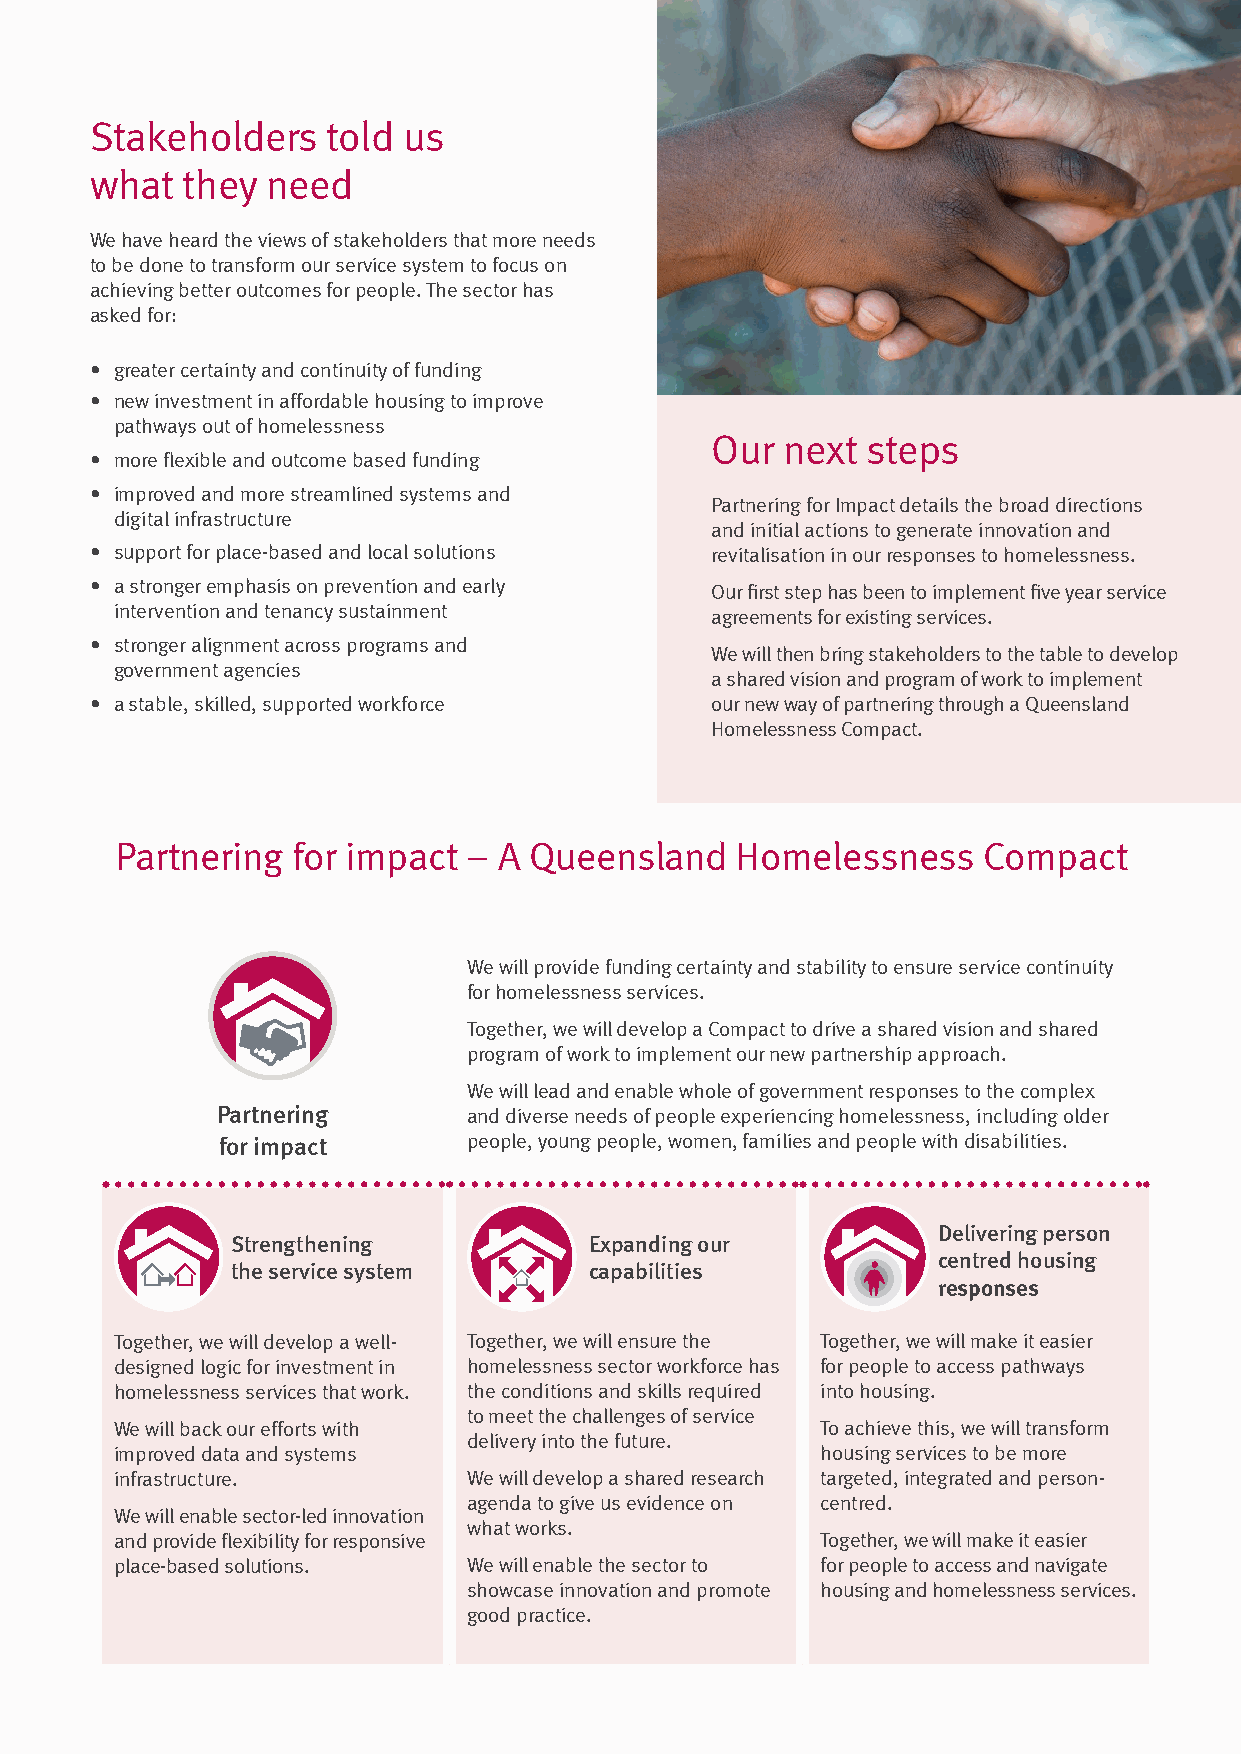
Stakeholders    told us
 what  they  need
 We have heard the views of stakeholders that more needs
 to be done to transform our service system to focus on
 achieving better outcomes for people. The sector has
 asked for:
 • greater certainty and continuity of funding
 • new investment in affordable housing to improve
 pathways out of homelessness
 Our  next steps
 • more flexible and outcome based funding
 • improved and more streamlined systems and
 Partnering for Impact details the broad directions
 digital infrastructure
 and initial actions to generate innovation and
 • support for place-based and local solutions revitalisation in our responses to homelessness.
 • a stronger emphasis on prevention and early Our first step has been to implement five year service
 intervention and tenancy sustainment   agreements for existing services.
 • stronger alignment across programs and
 We will then bring stakeholders to the table to develop
 government agencies
 a shared vision and program of work to implement
 • a stable, skilled, supported workforce our new way of partnering through a Queensland
 Homelessness Compact.
 Partnering for impact  – A Queensland    Homelessness    Compact
 We will provide funding certainty and stability to ensure service continuity
 for homelessness services.
 Together, we will develop a Compact to drive a shared vision and shared
 program of work to implement our new partnership approach.
 We will lead and enable whole of government responses to the complex
 Partnering       and diverse needs of people experiencing homelessness, including older
 for impact       people, young people, women, families and people with disabilities.
 Delivering person
 Strengthening           Expanding our
 centred housing
 the service system      capabilities
 responses
 Together, we will develop a well- Together, we will ensure the Together, we will make it easier
 designed logic for investment in homelessness sector workforce has for people to access pathways
 homelessness services that work. the conditions and skills required into housing.
 to meet the challenges of service
 We will back our efforts with                 To achieve this, we will transform
 delivery into the future.
 improved data and systems                     housing services to be more
 infrastructure.        We will develop a shared research targeted, integrated and person-
 agenda to give us evidence on centred.
 We will enable sector-led innovation
 what works.
 and provide flexibility for responsive        Together, we will make it easier
 place-based solutions. We will enable the sector to for people to access and navigate
 showcase innovation and promote housing and homelessness services.
 good practice.